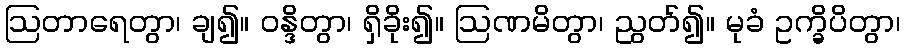
ဩတာရေတွာ၊ ချ၍။ ဝန္ဒိတွာ၊ ရှိခိုး၍။ ဩဏမိတွာ၊ ညွတ်၍။ မုခံ ဥက္ခိပိတွာ၊